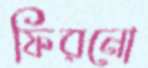
ফিরনো